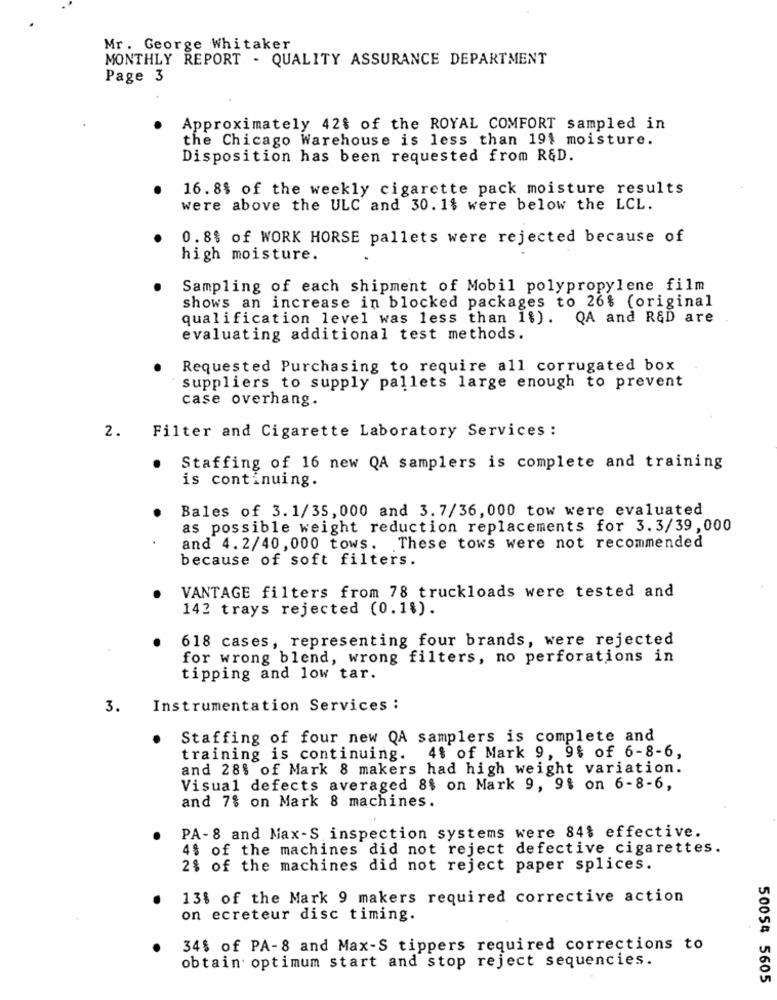
Mr. George Whitaker
MONTHLY REPORT - QUALITY ASSURANCE DEPARTMENT
Page 3
Approximately 42$ of the ROYAL COMFORT sampled in
the Chicago Warehouse is less than 19$ moisture.
Disposition has been requested from R&D.
16.8$ of the weekly cigarette pack moisture results
were above the ULC and 30. 1$ were below the LCL.
0.8% of WORK HORSE pallets were rejected because of
high moisture.
Sampling of each shipment of Mobil polypropylene film
shows an increase in blocked packages to 26% (original
qualification level was less than 1%). QA and R&D are
evaluating additional test methods.
Requested Purchasing to require all corrugated box
suppliers to supply pallets large enough to prevent
case overhang.
Filter and Cigarette Laboratory Services :
2.
Staffing of 16 new QA samplers is complete and training
is continuing.
Bales of 3.1/35, 000 and 3.7/36, 000 tow were evaluated
as possible weight reduction replacements for 3.3/39,000
and 4.2/40,000 tows. These tows were not recommended
because of soft filters.
VANTAGE filters from 78 truckloads were tested and
142 trays rejected (0.1%).
618 cases, representing four brands, were rejected
for wrong blend, wrong filters, no perforations in
tipping and low tar.
3.
Instrumentation Services :
Staffing of four new QA samplers is complete and
training is continuing. 4% of Mark 9, 9% of 6-8-6,
and 28% of Mark 8 makers had high weight variation.
Visual defects averaged 8$ on Mark 9, 9% on 6-8-6,
and 7% on Mark 8 machines.
PA-8 and Max-S inspection systems were 84% effective.
4% of the machines did not reject defective cigarettes.
2% of the machines did not reject paper splices.
13% of the Mark 9 makers required corrective action
on ecreteur disc timing.
34% of PA-8 and Max-S tippers required corrections to
obtain optimum start and stop reject sequencies.
50054 5605